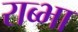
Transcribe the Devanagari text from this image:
राब्भा